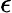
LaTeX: \epsilon